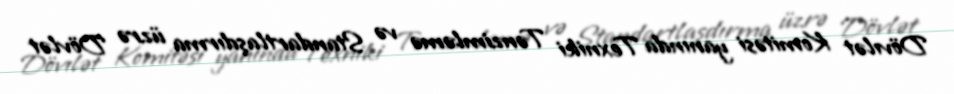
Dövılət Komitəsi yanında Texniki Tənzimləmə və Standartlaşdırma üzrə Dövlət